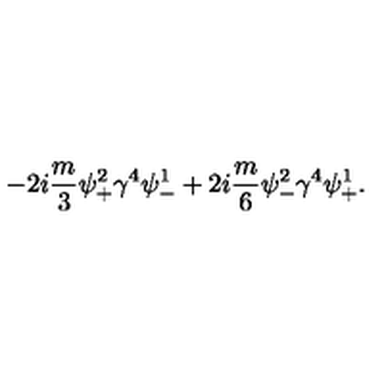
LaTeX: - 2 i \frac { m } { 3 } \psi _ { + } ^ { 2 } \gamma ^ { 4 } \psi _ { - } ^ { 1 } + 2 i \frac { m } { 6 } \psi _ { - } ^ { 2 } \gamma ^ { 4 } \psi _ { + } ^ { 1 } .